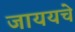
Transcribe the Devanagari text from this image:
जाययचे